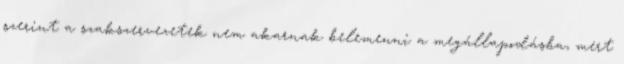
szerint a szakszervezetek nem akarnak belemenni a megállapodásba, mert